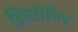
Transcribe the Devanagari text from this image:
झितोमिर